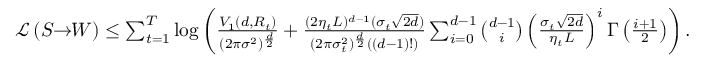
\begin{array} { r } { \mathcal { L } \left( S \! \! \to \! \! W \right) \leq \sum _ { t = 1 } ^ { T } \log \left( \frac { V _ { 1 } ( d , R _ { t } ) } { ( 2 \pi \sigma ^ { 2 } ) ^ { \frac { d } { 2 } } } + \frac { ( 2 \eta _ { t } L ) ^ { d - 1 } ( \sigma _ { t } \sqrt { 2 d } ) } { ( 2 \pi \sigma _ { t } ^ { 2 } ) ^ { \frac { d } { 2 } } ( ( d - 1 ) ! ) } \sum _ { i = 0 } ^ { d - 1 } { \binom { d - 1 } { i } } \left( \frac { \sigma _ { t } \sqrt { 2 d } } { \eta _ { t } L } \right) ^ { i } \Gamma \left( \frac { i + 1 } { 2 } \right) \right) . } \end{array}